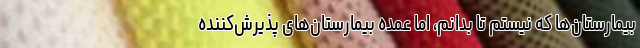
بیمارستان‌ها که نیستم تا بدانم، اما عمده بیمارستان‌های پذیرش‌کننده